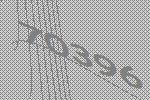
70396